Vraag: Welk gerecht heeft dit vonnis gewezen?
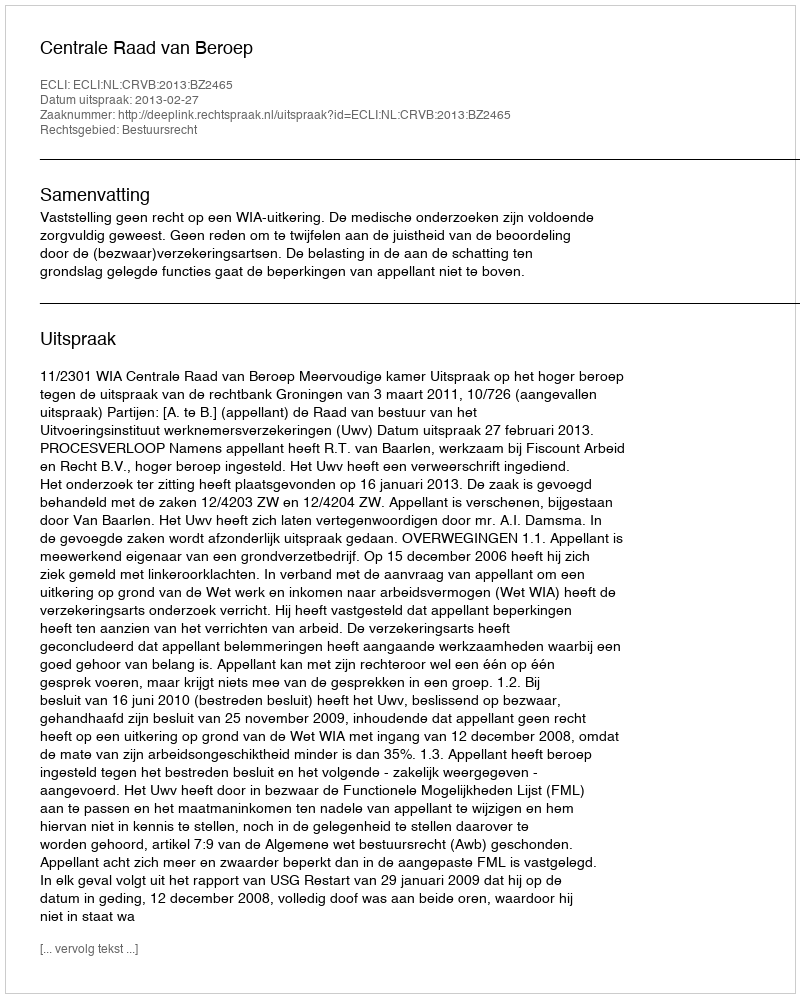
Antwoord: Centrale Raad van Beroep